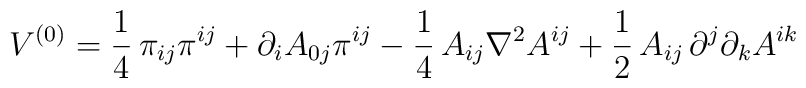
V^{(0)}=\frac{1}{4}\,\pi_{ij}\pi^{ij}+\partial_iA_{0j}\pi^{ij}-\frac{1}{4}\,A_{ij}\nabla^2A^{ij}+\frac{1}{2}\,A_{ij}\,\partial^j\partial_kA^{ik}